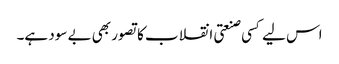
اس لیے کسی صنعتی انقلاب کا تصور بھی بے سود ہے۔